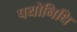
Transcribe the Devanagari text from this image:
पयोनिधि